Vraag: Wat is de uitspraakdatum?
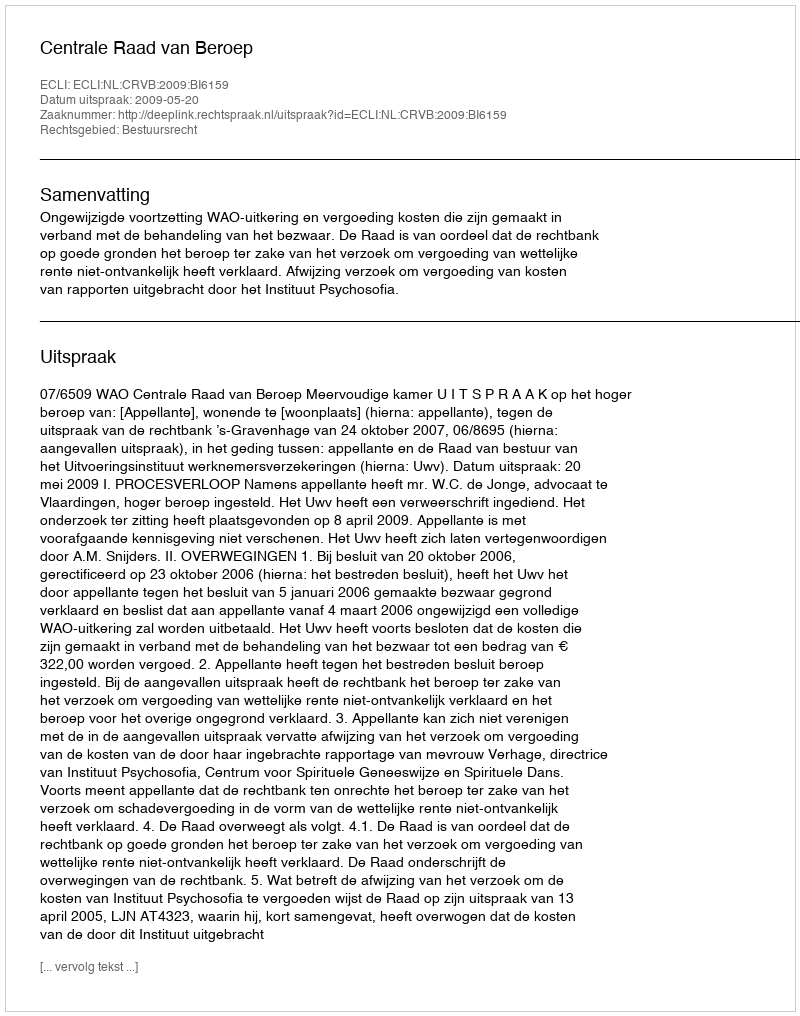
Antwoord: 2009-05-20